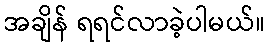
အချိန် ရရင်လာခဲ့ပါမယ်။